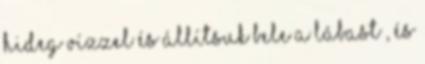
hideg vízzel és állítsuk bele a lábast , és